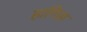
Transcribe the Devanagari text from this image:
हागिस